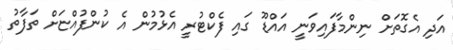
އަދި އެގޮތަށް ނިންމާފައިވަނީ އައްޑޫ ގައި ފެކްޓުރީ އެޅުމުން އެ ކުންފުއްޏަށް ތަފާތު